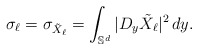
\begin{align*}\sigma_\ell = \sigma_{\tilde X_\ell} =\int_{\mathbb S^d} |D_y \tilde X_\ell |^2\,dy.\end{align*}